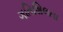
ગતિશિલતા